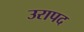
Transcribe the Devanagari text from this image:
उरापद